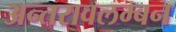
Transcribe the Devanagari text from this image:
अन्तरावलम्बन